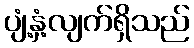
ပျံ့နှံ့လျက်ရှိသည်